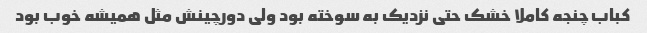
کباب چنجه کاملا خشک حتی نزدیک به سوخته بود ولی دورچینش مثل همیشه خوب بود